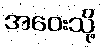
အဝေးသို့